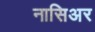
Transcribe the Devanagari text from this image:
नासिअर